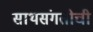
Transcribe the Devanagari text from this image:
साथसंगतीची